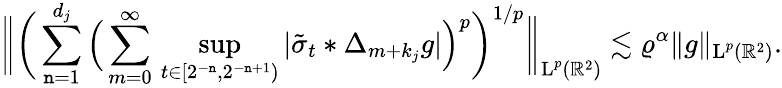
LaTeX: \bigg\| \bigg(\sum_{\mathtt{n}=1}^{d_{j}}\Big(\sum_{m=0}^{\infty}\, \operatorname*{sup}_{t\in[2^{-\mathtt{n}},2^{-\mathtt{n}+1})}|\tilde{{\sigma}}_{t}\ast\Delta_{m+k_{j}}g|\Big)^{p}\bigg)^{1/p}\bigg\| _{\textup{{L}}^{p}(\mathbb{{R}}^{2})}\lesssim\varrho^{\alpha}\| g\| _{\textup{{L}}^{p}(\mathbb{{R}}^{2})}.